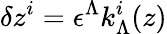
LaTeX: \delta z^{i}=\epsilon^{\Lambda}k_{\Lambda}^{i}(z)